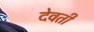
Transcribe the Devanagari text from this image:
देवती